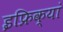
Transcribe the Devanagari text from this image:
इफ्रिक्यां